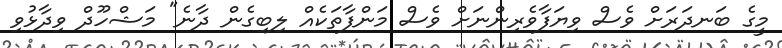
މީގެ ބަނދަރަށް ވެސް ވިޔަފާވެރިންނަށް ވެސް މަންފާތަކެއް ލިބިގެން ދާނެ" މަޝްހޫދް ވިދާޅުވި